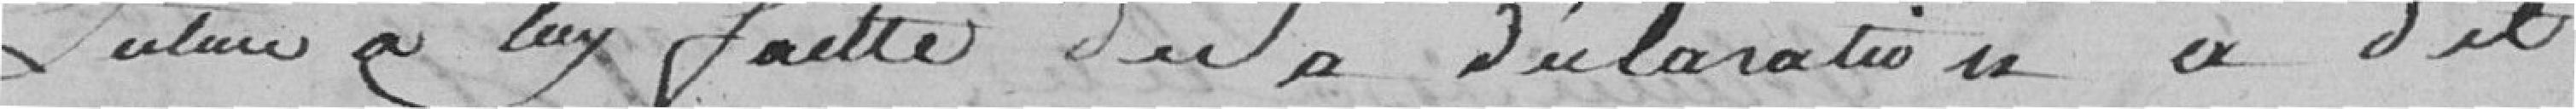
Sentence à ??  .. faite du à la déclaration a dit